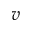
v